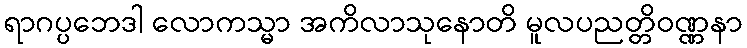
ရာဂပ္ပဘေဒါ လောကသ္မာ အကိလာသုနောတိ မူလပညတ္တိဝဏ္ဏနာ